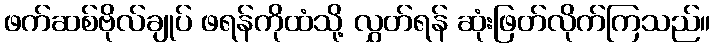
ဖက်ဆစ်ဗိုလ်ချုပ် ဖရန်ကိုထံသို့ လွှတ်ရန် ဆုံးဖြတ်လိုက်ကြသည်။